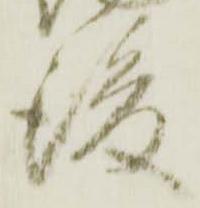
後